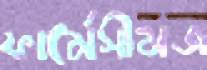
ফার্মেসীমজ